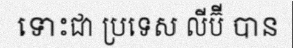
ទោះជា ប្រទេស លីប៊ី បាន